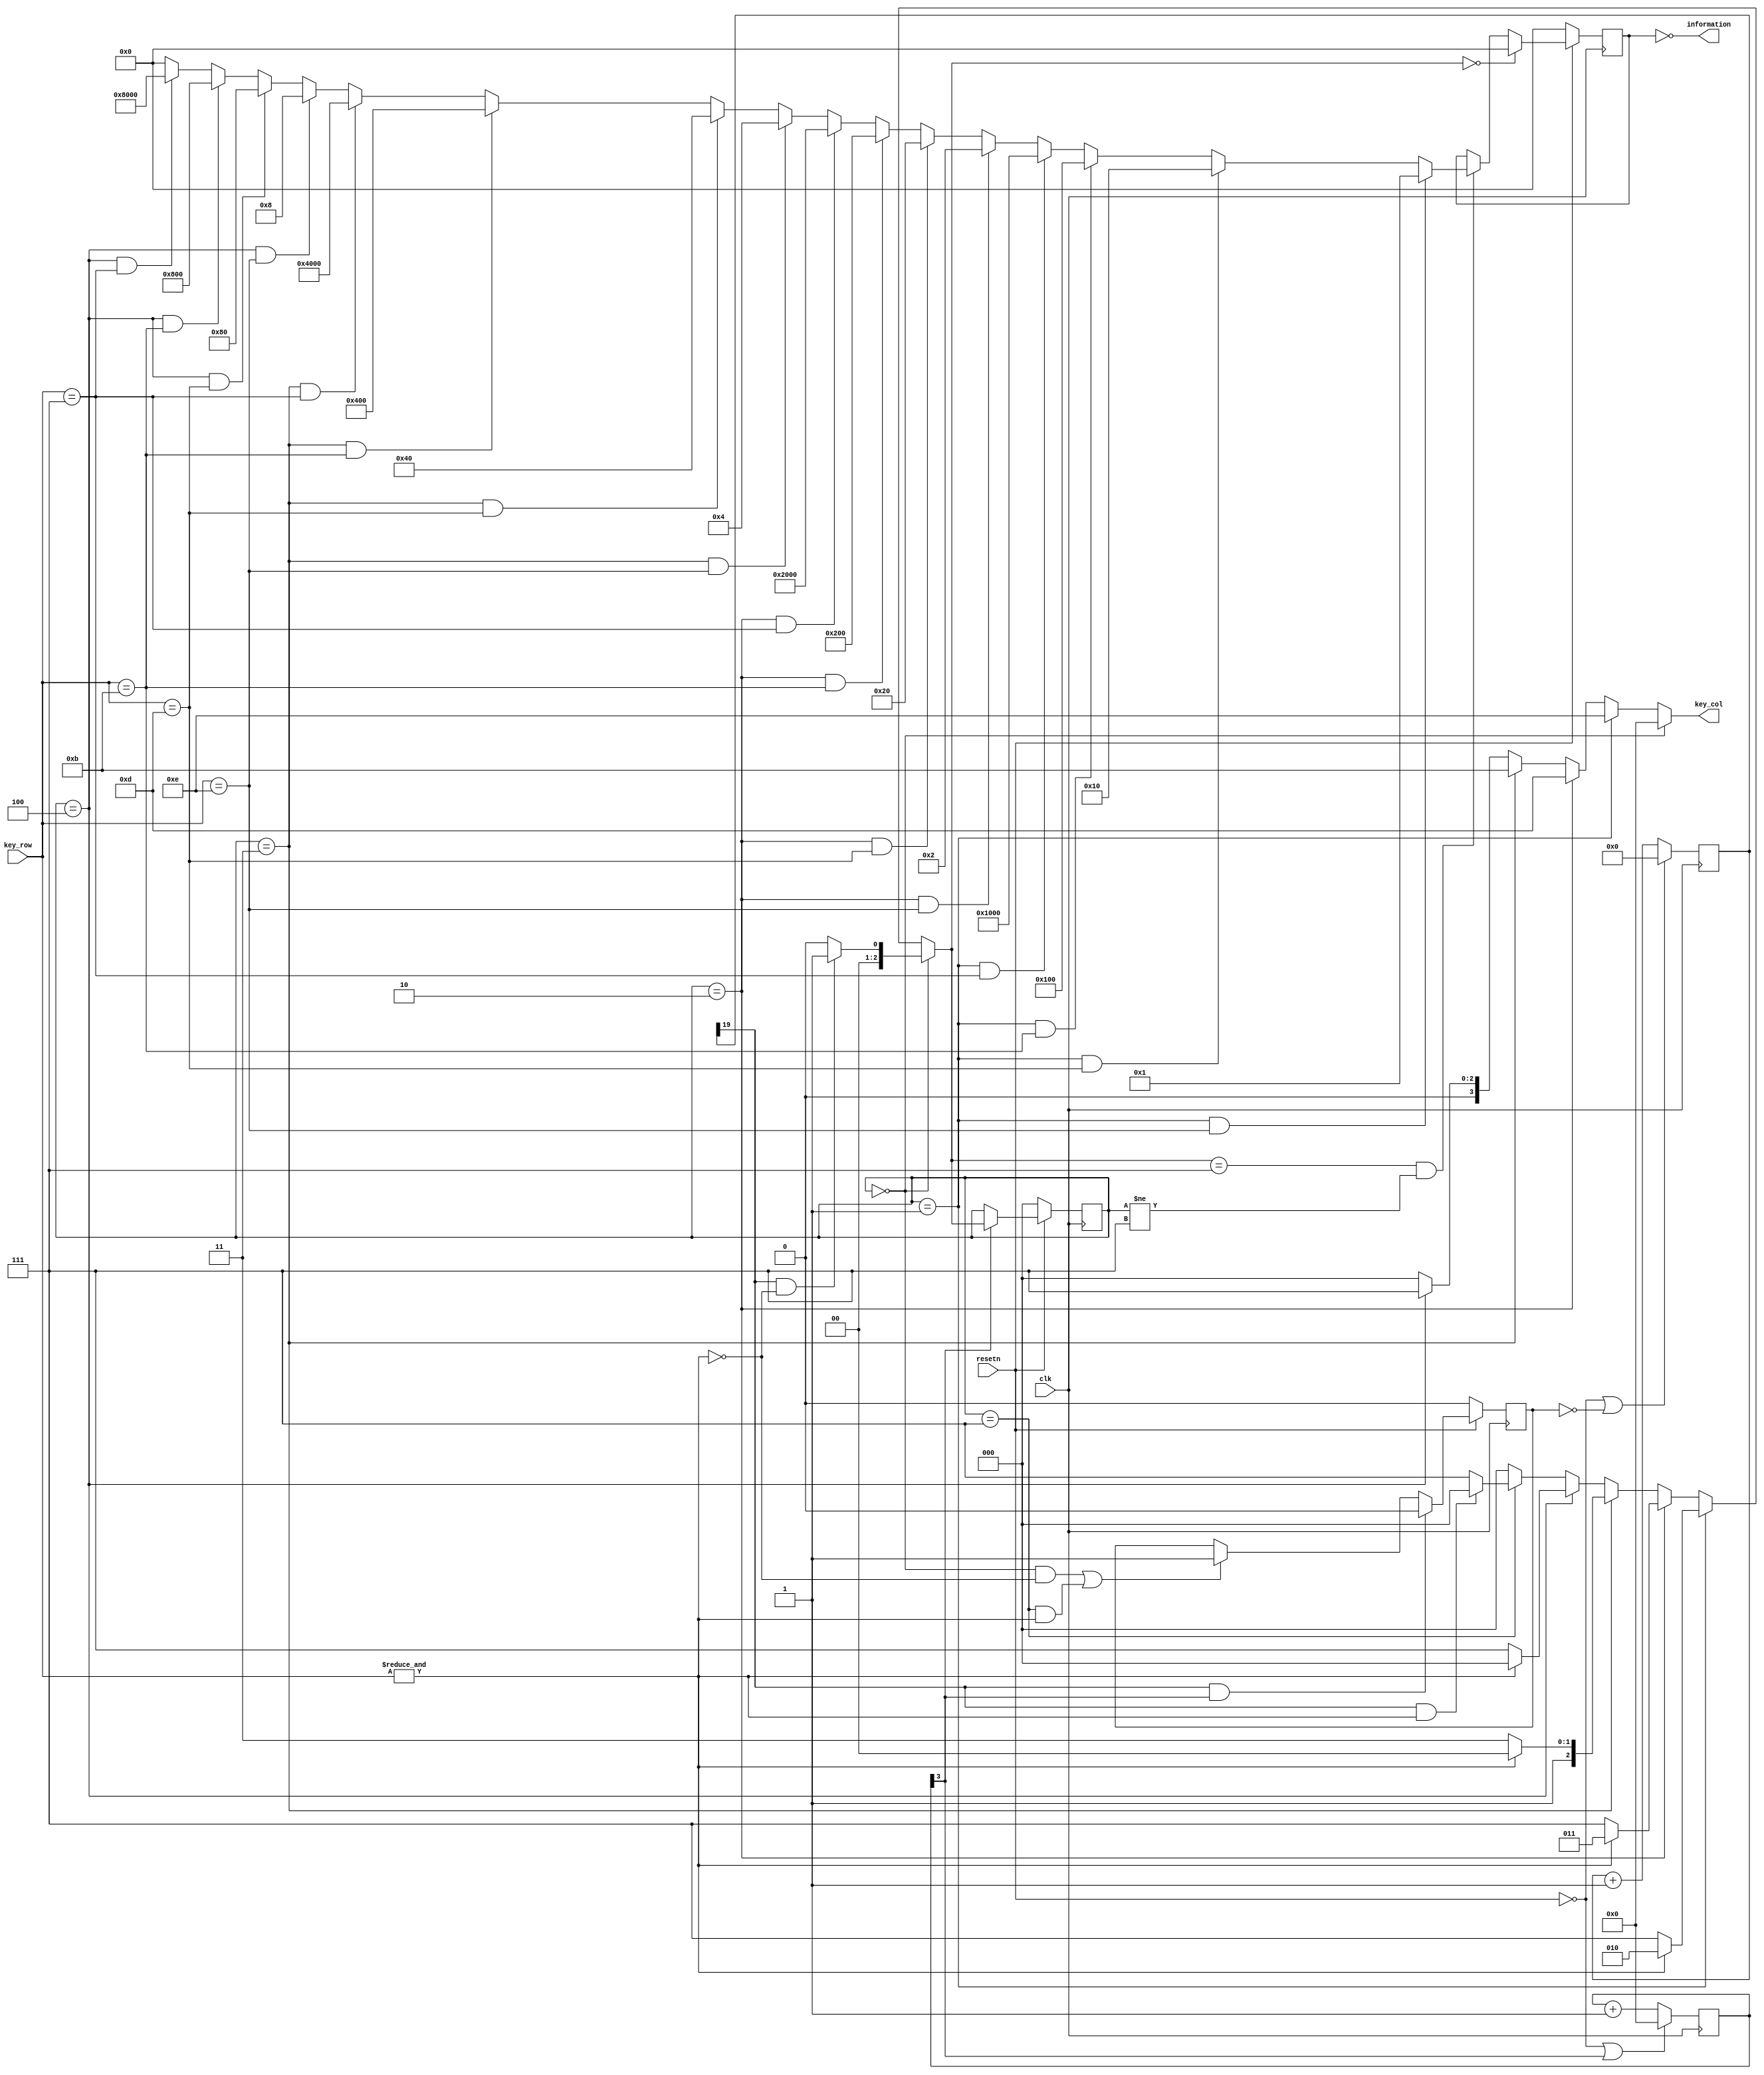
module KEY_TEST(
    input clk,
    input resetn,
    output [3 :0] key_col,
    input  [3 :0] key_row,
    output [15:0] information
    );
//------------------------------{btn key}begin---------------------------//
//btn key data
reg [15:0] btn_key_r;

//state machine
reg  [2:0] state;
wire [2:0] next_state;

//eliminate jitter
reg        key_flag;
reg [19:0] key_count;
reg [3:0] state_count;
wire key_start = (state==3'b000) && !(&key_row);
wire key_end   = (state==3'b111) &&  (&key_row);
wire key_sample= key_count[19];
always @(posedge clk)
begin
    if(!resetn)
    begin
        key_flag <= 1'd0;
    end
    else if (key_sample && state_count[3]) 
    begin
        key_flag <= 1'b0;
    end
    else if( key_start || key_end )
    begin
        key_flag <= 1'b1;
    end

    if(!resetn || !key_flag)
    begin
        key_count <= 20'd0;
    end
    else
    begin
        key_count <= key_count + 1'b1;
    end
end

always @(posedge clk)
begin
    if(!resetn || state_count[3])
    begin
        state_count <= 4'd0;
    end
    else
    begin
        state_count <= state_count + 1'b1;
    end
end

always @(posedge clk)
begin
    if(!resetn)
    begin
        state <= 3'b000;
    end
    else if (state_count[3])
    begin
        state <= next_state;
    end
end

assign next_state = (state == 3'b000) ? ( (key_sample && !(&key_row)) ? 3'b001 : 3'b000 ) :
                    (state == 3'b001) ? (                !(&key_row)  ? 3'b111 : 3'b010 ) :
                    (state == 3'b010) ? (                !(&key_row)  ? 3'b111 : 3'b011 ) :
                    (state == 3'b011) ? (                !(&key_row)  ? 3'b111 : 3'b100 ) :
                    (state == 3'b100) ? (                !(&key_row)  ? 3'b111 : 3'b000 ) :
                    (state == 3'b111) ? ( (key_sample &&  (&key_row)) ? 3'b000 : 3'b111 ) :
                                                                                    3'b000;
assign key_col = (state == 3'b000) ? 4'b0000:
                 (state == 3'b001) ? 4'b1110:
                 (state == 3'b010) ? 4'b1101:
                 (state == 3'b011) ? 4'b1011:
                 (state == 3'b100) ? 4'b0111:
                                     4'b0000;
wire [15:0] btn_key_tmp;
always @(posedge clk) begin
    if(!resetn) begin
        btn_key_r   <= 16'd0;
    end
    else if(next_state==3'b000)
    begin
        btn_key_r   <=16'd0;
    end
    else if(next_state == 3'b111 && state != 3'b111) begin
        btn_key_r   <= btn_key_tmp;
    end
end

assign btn_key_tmp = (state == 3'b001)&(key_row == 4'b1110) ? 16'h0001:
                     (state == 3'b001)&(key_row == 4'b1101) ? 16'h0010:
                     (state == 3'b001)&(key_row == 4'b1011) ? 16'h0100:
                     (state == 3'b001)&(key_row == 4'b0111) ? 16'h1000:
                     (state == 3'b010)&(key_row == 4'b1110) ? 16'h0002:
                     (state == 3'b010)&(key_row == 4'b1101) ? 16'h0020:
                     (state == 3'b010)&(key_row == 4'b1011) ? 16'h0200:
                     (state == 3'b010)&(key_row == 4'b0111) ? 16'h2000:
                     (state == 3'b011)&(key_row == 4'b1110) ? 16'h0004:
                     (state == 3'b011)&(key_row == 4'b1101) ? 16'h0040:
                     (state == 3'b011)&(key_row == 4'b1011) ? 16'h0400:
                     (state == 3'b011)&(key_row == 4'b0111) ? 16'h4000:
                     (state == 3'b100)&(key_row == 4'b1110) ? 16'h0008:
                     (state == 3'b100)&(key_row == 4'b1101) ? 16'h0080:
                     (state == 3'b100)&(key_row == 4'b1011) ? 16'h0800:
                     (state == 3'b100)&(key_row == 4'b0111) ? 16'h8000:16'h0000;
//-------------------------------{btn key}end----------------------------//
assign information = ~btn_key_r;
endmodule